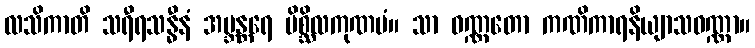
လသိကာတိ သရီရသန္ဓီနံ အဗ္ဘန္တရေ ပိစ္ဆိလကုဏပံ။ သာ ဝဏ္ဏတော ကဏိကာရနိယျာသဝဏ္ဏာ။